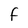
Character: F